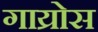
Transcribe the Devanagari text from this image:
गाय्रोस